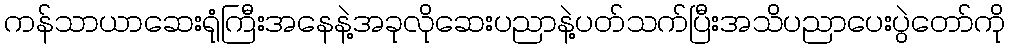
ကန်သာယာဆေးရုံကြီးအနေနဲ့အခုလိုဆေးပညာနဲ့ပတ်သက်ပြီးအသိပညာပေးပွဲတော်ကို